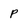
Character: P